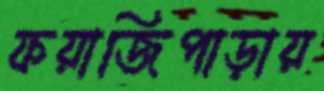
ফয়াজিপাড়ায়